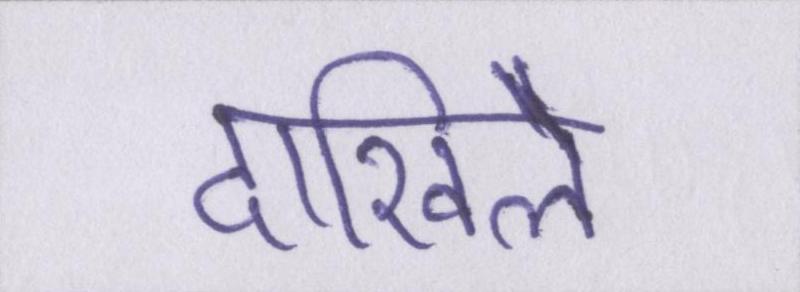
दाखिले